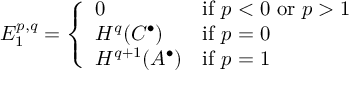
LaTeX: E _ { 1 } ^ { p , q } = { \left\{ \begin{array} { l l } { 0 } & { { \mathrm { i f ~ } } p < 0 { \mathrm { ~ o r ~ } } p > 1 } \\ { H ^ { q } ( C ^ { \bullet } ) } & { { \mathrm { i f ~ } } p = 0 } \\ { H ^ { q + 1 } ( A ^ { \bullet } ) } & { { \mathrm { i f ~ } } p = 1 } \end{array} \right. }